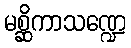
မစ္ဆိကာသဏ္ဍေ